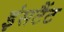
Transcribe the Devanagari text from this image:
इंसटैंट